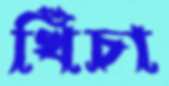
খিঁচা